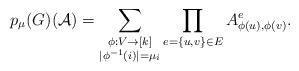
LaTeX: \begin{align*}p_\mu(G)(\mathcal{A})=\sum_{\substack {\phi:V\to [k]\\ |\phi^{-1}(i)|=\mu_i}}\prod_{e=\{u,v\}\in E}A^{e}_{\phi(u),\phi(v)}.\end{align*}